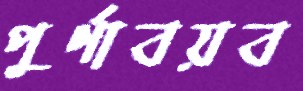
পুর্ণাবয়ব